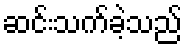
ဆင်းသက်ခဲ့သည်